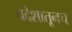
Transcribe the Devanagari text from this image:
प्रदेशातूनच